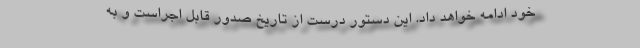
خود ادامه خواهد داد. این دستور درست از تاریخ صدور قابل اجراست و به